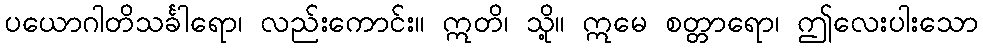
ပယောဂါတိသင်္ခါရော၊ လည်းကောင်း။ ဣတိ၊ သို့။ ဣမေ စတ္တာရော၊ ဤလေးပါးသော